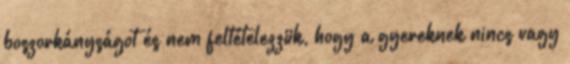
boszorkányságot és nem feltételezzük, hogy a gyereknek nincs vagy